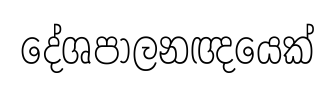
දේශපාලනඥයෙක්